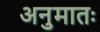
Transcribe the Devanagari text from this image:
अनुमातः